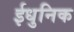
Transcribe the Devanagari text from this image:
ईधुनिक